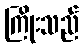
ကြိုးသည်